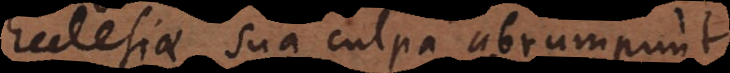
Ecclesiae sua culpa abrumpunt